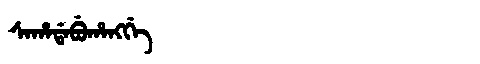
Manchu: ᠰᠠᡥᠠᡩᠠᠪᡠᡥᠠᠩᡤᡝ
Romanization: SAHADABUHANGGE